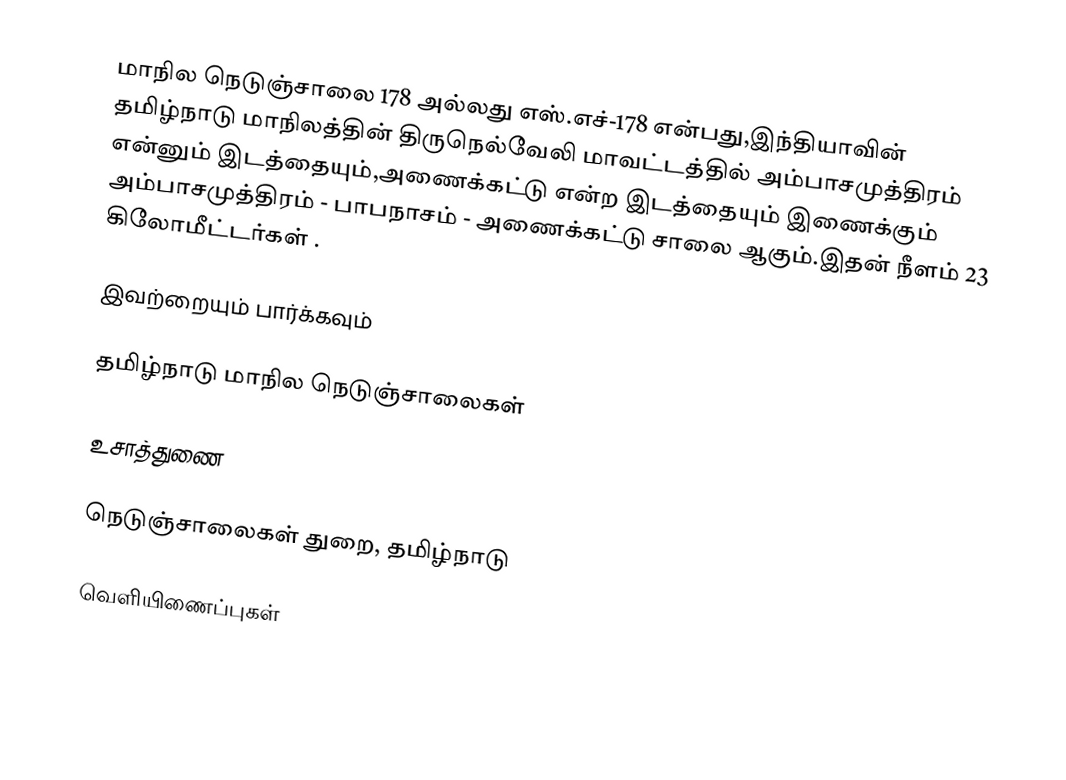
மாநில நெடுஞ்சாலை 178 அல்லது எஸ்.எச்-178  என்பது,இந்தியாவின் தமிழ்நாடு மாநிலத்தின்  திருநெல்வேலி மாவட்டத்தில்  அம்பாசமுத்திரம்  என்னும் இடத்தையும்,அணைக்கட்டு  என்ற இடத்தையும் இணைக்கும் அம்பாசமுத்திரம் - பாபநாசம் - அணைக்கட்டு சாலை ஆகும்.இதன் நீளம் 23  கிலோமீட்டர்கள் .

இவற்றையும் பார்க்கவும்

 தமிழ்நாடு மாநில நெடுஞ்சாலைகள்

உசாத்துணை

 நெடுஞ்சாலைகள் துறை, தமிழ்நாடு

வெளியிணைப்புகள்